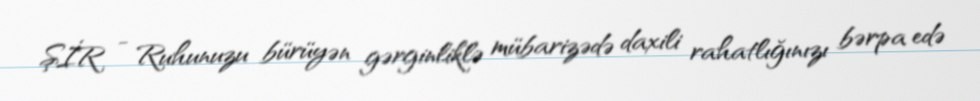
ŞİR - Ruhunuzu bürüyən gərginliklə mübarizədə daxili rahatlığınızı bərpa edə